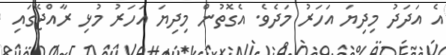
އެ އަދަދު މިދިޔަ އަހަރު މަދެވެ. އެގޮތުން މިދިޔަ އަހަރު މުޅި ރާއްޖޭގައި